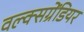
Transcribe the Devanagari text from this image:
वल्क्सग्रेंडियर